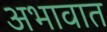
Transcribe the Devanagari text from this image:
अभावात